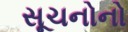
સૂચનોનો